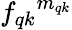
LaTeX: {f_{qk}}^{m_{qk}}